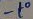
Text: -to